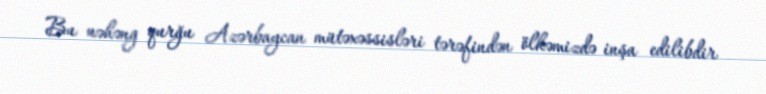
Bu nəhəng qurğu Azərbaycan mütəxəssisləri tərəfindən ölkəmizdə inşa edilibdir